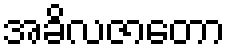
အခိလဇာတော